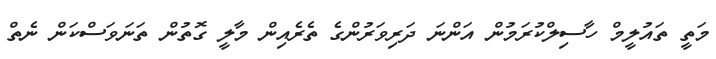
މަތީ ތައުލީމް ހާސިލްކުރަމުން އަންނަ ދަރިވަރުންގެ ތެރެއިން މާލީ ގޮތުން ތަނަވަސްކަން ނެތް